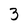
Character: 3